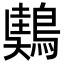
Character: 𪃤